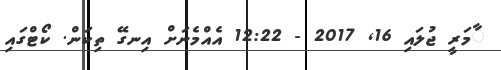
ާމަރީ ޖުލައި 16